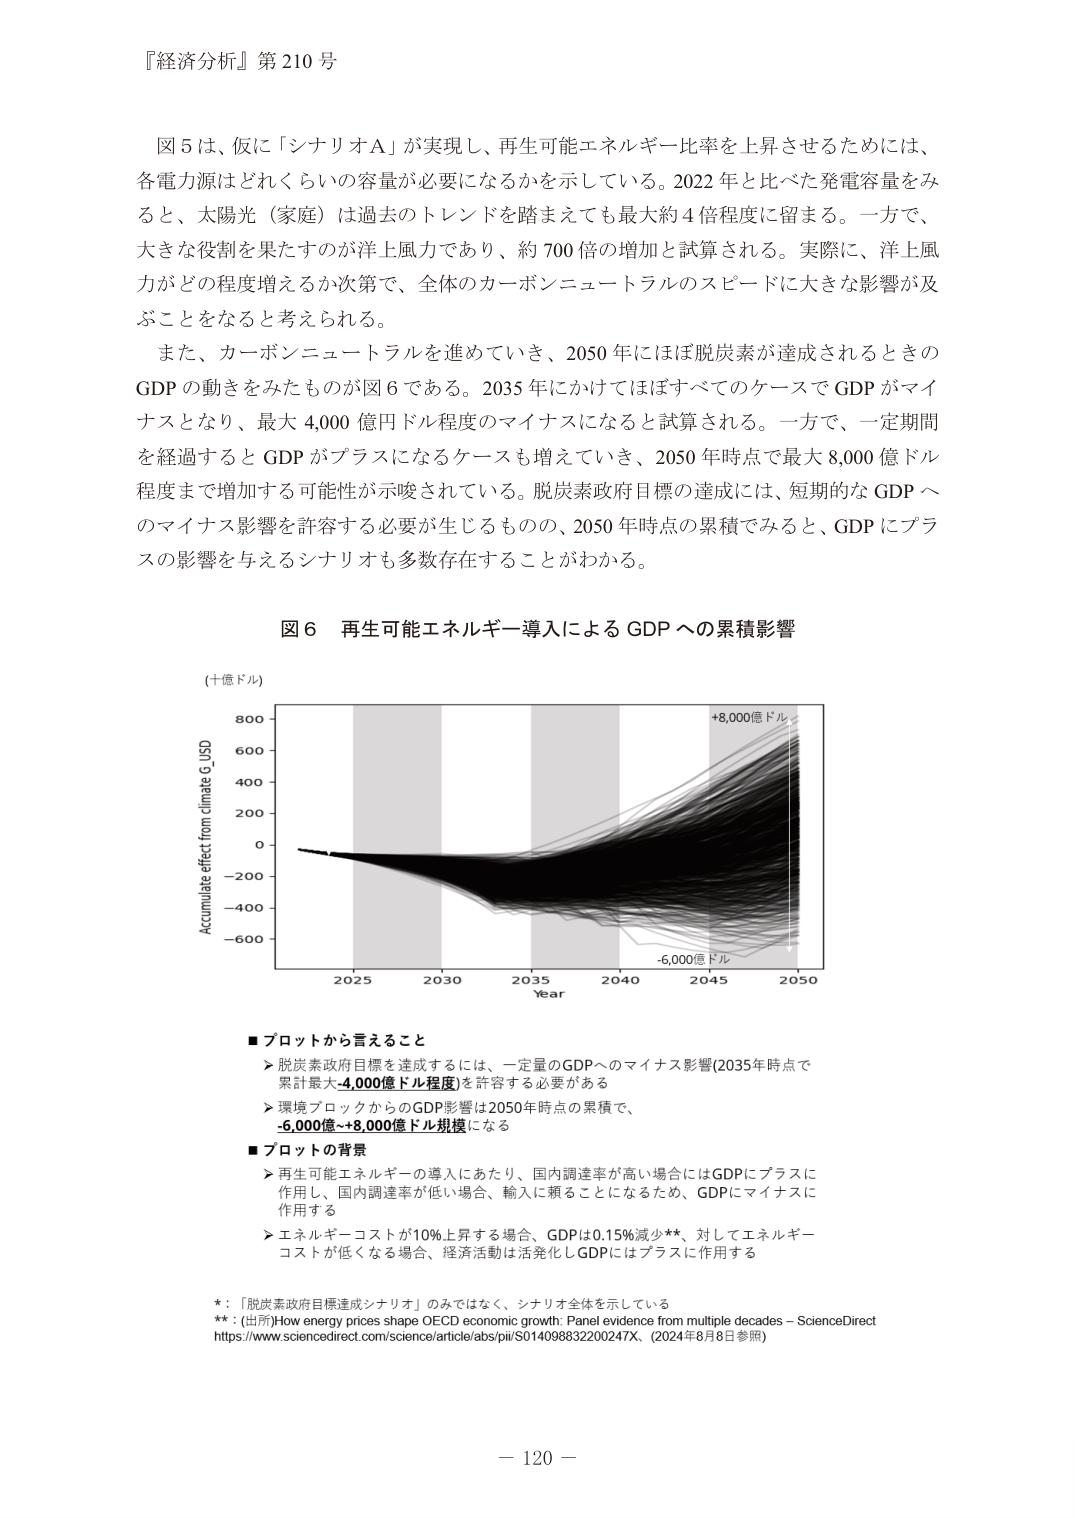
『経済分析』第210号

図5は、仮に「シナリオA」が実現し、再生可能エネルギー比率を上昇させるためには、各電力源はどれくらいの容量が必要になるかを示している。2022年と比べた発電容量をみると、太陽光（家庭）は過去のトレンドを踏まえても最大約4倍程度に留まる。一方で、大きな役割を果たすのが洋上風力であり、約700倍の増加と試算される。実際に、洋上風力がどの程度増えるか次第で、全体のカーボンニュートラルのスピードに大きな影響が及ぶこととなると考えられる。

また、カーボンニュートラルを進めていき、2050年にはほぼ脱炭素が達成されるときのGDPの動きをみたものが図6である。2035年にかけてほぼすべてのケースでGDPがマイナスとなり、最大4,000億ドル程度のマイナスになると試算される。一方で、一定期間を経過するとGDPがプラスになるケースも増えていき、2050年時点で最大8,000億ドル程度まで増加する可能性が示唆されている。脱炭素政府目標の達成には、短期的なGDPへのマイナス影響を許容する必要が生じるものの、2050年時点の累積でみると、GDPにプラスの影響を与えるシナリオも多数存在することがわかる。

図6 再生可能エネルギー導入によるGDPへの累積影響

（十億ドル）

Accumulate effect from climate G_USD

800
600
400
200
0
-200
-400
-600

2025 2030 2035 2040 2045 2050
Year

+8,000億ドル
-6,000億ドル

■プロットから言えること
＞脱炭素政府目標を達成するには、一定量のGDPへのマイナス影響（2035年時点で累計最大-4,000億ドル程度）を許容する必要がある
＞環境ブロックからのGDP影響は2050年時点の累積で、-6,000億～+8,000億ドル規模になる

■プロットの背景
＞再生可能エネルギーの導入にあたり、国内調達率が高い場合にはGDPにプラスに作用し、国内調達率が低い場合、輸入に頼ることになるため、GDPにマイナスに作用する
＞エネルギーコストが10%上昇する場合、GDPは0.15%減少**、対してエネルギーコストが低くなる場合、経済活動は活発化しGDPにはプラスに作用する

*：「脱炭素政府目標達成シナリオ」のみではなく、シナリオ全体を示している
**：（出所）How energy prices shape OECD economic growth: Panel evidence from multiple decades – ScienceDirect
https://www.sciencedirect.com/science/article/abs/pii/S014098832200247X、（2024年8月8日参照）

－120－